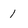
Character: 1